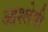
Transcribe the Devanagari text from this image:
आश्लेषी